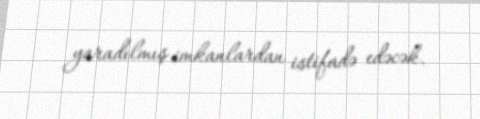
yaradılmış imkanlardan istifadə edəcək.